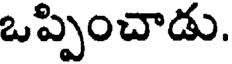
ఒప్పించాడు.